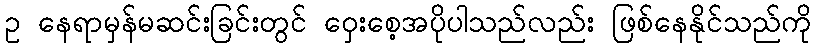
ဥ နေရာမှန်မဆင်းခြင်းတွင် ဝှေးစေ့အပိုပါသည်လည်း ဖြစ်နေနိုင်သည်ကို